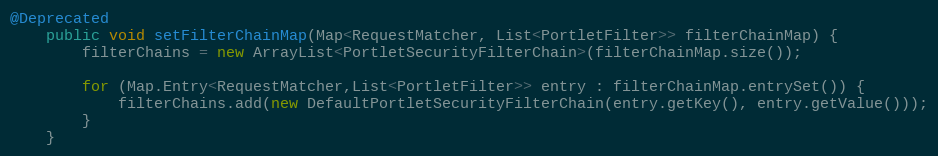
Language: Java
@Deprecated
    public void setFilterChainMap(Map<RequestMatcher, List<PortletFilter>> filterChainMap) {
        filterChains = new ArrayList<PortletSecurityFilterChain>(filterChainMap.size());

        for (Map.Entry<RequestMatcher,List<PortletFilter>> entry : filterChainMap.entrySet()) {
            filterChains.add(new DefaultPortletSecurityFilterChain(entry.getKey(), entry.getValue()));
        }
    }